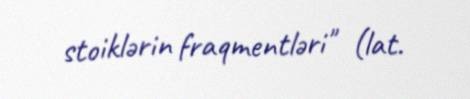
stoiklərin fraqmentləri" (lat.